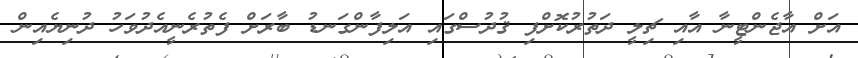
އަށް އާޖެންޓީނާ އާއި ޗިލީ ދަތުރުކޮށްފި ޤުދުސްގައި އަލިފާންގަނޑު ބާރަށް ފެތުރެނީއެދުވަހު ދުނިޔެއިން